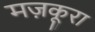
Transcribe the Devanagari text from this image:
मज़कूरा